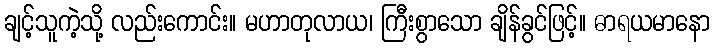
ချင့်သူကဲ့သို့ လည်းကောင်း။ မဟာတုလာယ၊ ကြီးစွာသော ချိန်ခွင်ဖြင့်။ ဓာရယမာနော